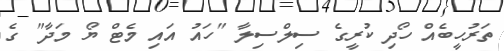
ތަރުހީބެއް ހޯދި ކުރީގެ ސިލްސިލާ "ހައު އައި މެޓް ޔޯ މަދާ" ގެ